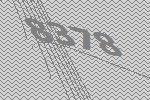
8378